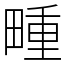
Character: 畽